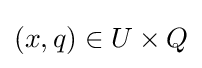
(x,q)\in U\times Q